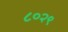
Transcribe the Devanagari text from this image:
८०२९